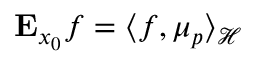
\mathbf { E } _ { x _ { 0 } } f = \langle f , \mu _ { p } \rangle _ { \mathcal { H } }